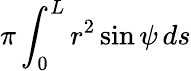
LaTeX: \pi\int_{0}^{L}r^{2}\sin\psi\, ds